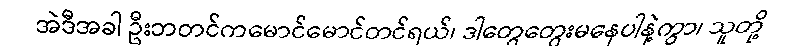
အဲဒီအခါ ဦးဘတင်ကမောင်မောင်တင်ရယ်၊ ဒါတွေတွေးမနေပါနဲ့ကွာ၊ သူတို့